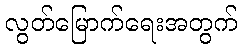
လွတ်မြောက်ရေးအတွက်